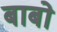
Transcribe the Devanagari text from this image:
बाबो